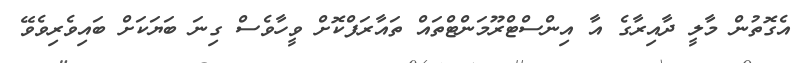
އެގޮތުން މާލީ ދާއިރާގެ އާ އިންސްޓްރޫމަންޓްތައް ތައާރަފްކޮށް ވީހާވެސް ގިނަ ބަޔަކަށް ބައިވެރިވެވޭ